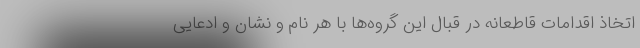
اتخاذ اقدامات قاطعانه در قبال این گروه‌ها با هر نام و نشان و ادعایی